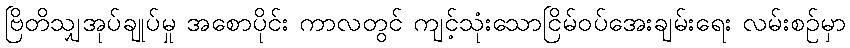
ဗြိတိသျှအုပ်ချုပ်မှု အစောပိုင်း ကာလတွင် ကျင့်သုံးသောငြိမ်ဝပ်အေးချမ်းရေး လမ်းစဉ်မှာ